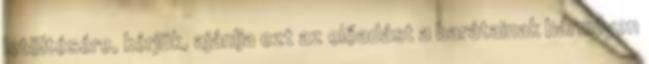
letöltésére, kérjük, ajánlja ezt az előadást a barátainak bármilyen